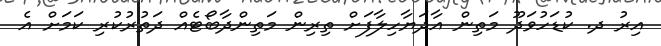
އިރު ދ. ކުޑަހުވަދޫ މަތިން އާދަޔާހިލާފަށް ތިރިން މަތިންދާބޯޓެއް ދަތުރުކުރި ކަމަށް އެ